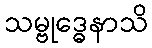
သမ္ဗုဒ္ဓေနာသိ